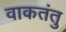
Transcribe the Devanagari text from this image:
वाकतंतु